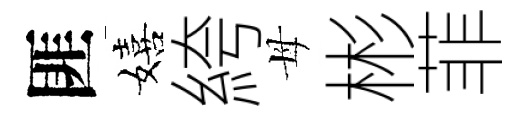
匪嬉絝母彬菲